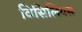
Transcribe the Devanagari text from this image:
विसिलियस